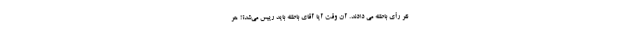
نفر رأی باطله می دادند. آن وقت آیا آقای باطله باید رییس می‌شد؟! هر